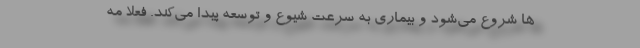
ها شروع می‌شود و بیماری به سرعت شیوع و توسعه پیدا می‌کند. فعلا مه